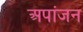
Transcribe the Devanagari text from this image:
अपांजन